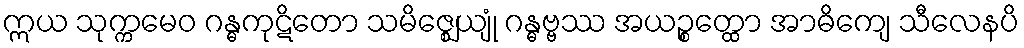
ဣယ သုက္ကမေဝ ဂန္ဓကုဋိတော သမိဇ္ဈေယျုံ ဂန္ဓဗ္ဗဿ အယဉ္စတ္ထော အာဓိကျေ သီလေနပိ